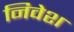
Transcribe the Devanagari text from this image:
निवेश